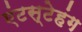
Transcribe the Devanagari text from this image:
एंटस्टेहंग